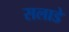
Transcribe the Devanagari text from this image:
सलाडे